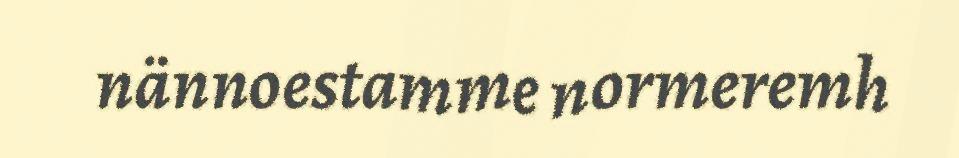
nännoestamme normeremh